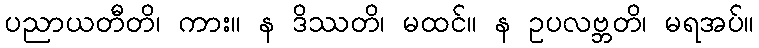
ပညာယတီတိ၊ ကား။ န ဒိဿတိ၊ မထင်။ န ဥပလဗ္ဘတိ၊ မရအပ်။